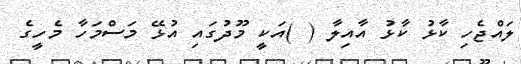
ލައްޖެހި ކާޅު ކާޅު އާއިލާ ( )އަކީ މޫދުގައި އުޅޭ މަސްމަހާ މެހީގެ